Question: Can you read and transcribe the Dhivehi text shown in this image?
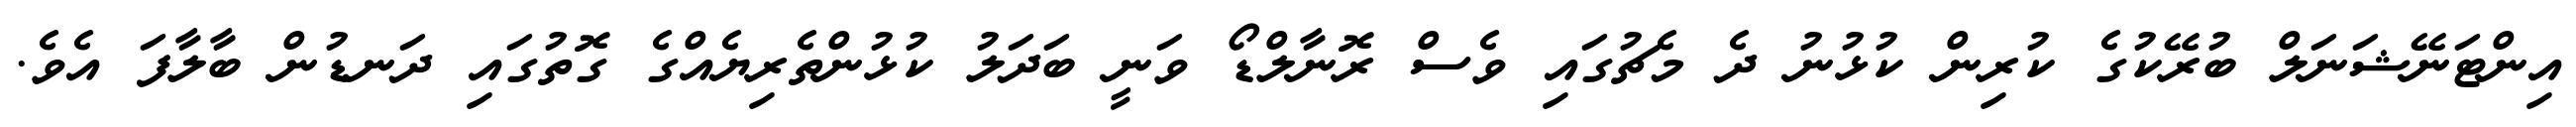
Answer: އިންޓަނޭޝަނަލް ބުރޭކުގެ ކުރިން ކުޅުނު ދެ މެޗުގައި ވެސް ރޮނާލްޑޯ ވަނީ ބަދަލު ކުޅުންތެރިޔެއްގެ ގޮތުގައި ދަނޑުން ބާލާފަ އެވެ.